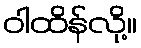
ဝါထိန်လို့။